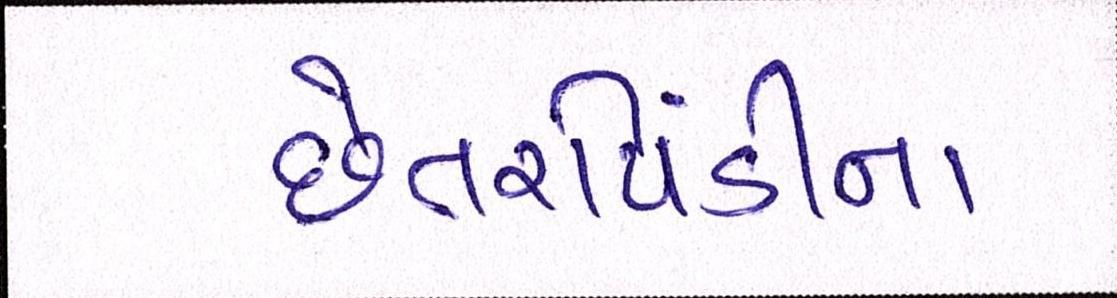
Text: છેતરપિંડીના